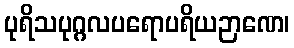
ပုရိသပုဂ္ဂလပရောပရိယဉာဏေ၊